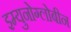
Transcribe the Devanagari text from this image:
इम्युनोग्लोबीन